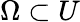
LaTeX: \Omega\subset U